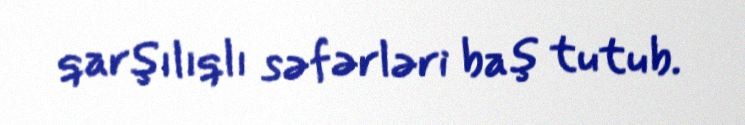
qarşılıqlı səfərləri baş tutub.